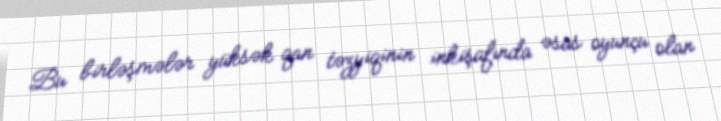
Bu birləşmələr yüksək qan təzyiqinin inkişafında əsas oyunçu olan